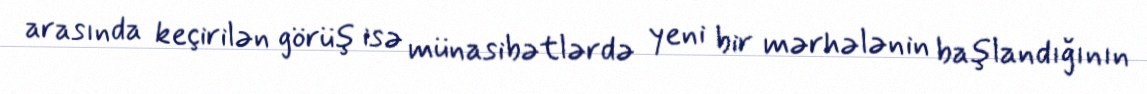
arasında keçirilən görüş isə münasibətlərdə yeni bir mərhələnin başlandığının